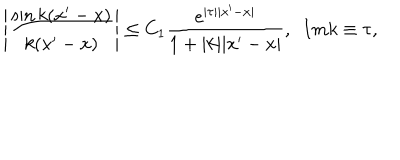
\left| \frac { \sin k ( x ^ { \prime } - x ) } { k ( x ^ { \prime } - x ) } \right| \leq C _ { 1 } \frac { e ^ { | \tau | | x ^ { \prime } - x | } } { 1 + | k | | x ^ { \prime } - x | } , ~ ~ I m k \equiv \tau ,